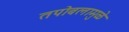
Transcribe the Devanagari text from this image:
तपोबलामुळे